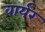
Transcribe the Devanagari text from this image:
वार्यर